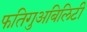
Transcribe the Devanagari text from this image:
फतिगुअबिलिटी